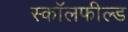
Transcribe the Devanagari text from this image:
स्कॉलफील्ड